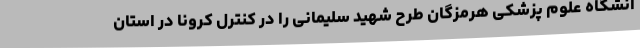
انشگاه علوم پزشکی هرمزگان طرح شهید سلیمانی را در کنترل کرونا در استان